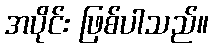
အပိုင်း ဖြစ်ပါသည်။